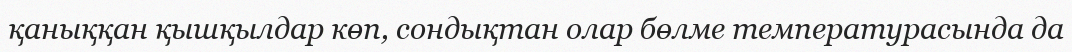
қаныққан қышқылдар көп, сондықтан олар бөлме температурасында да